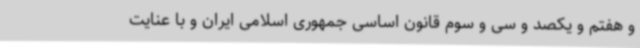
و هفتم و یکصد و سی و سوم قانون اساسی جمهوری اسلامی ایران و با عنایت